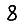
Digit: 8